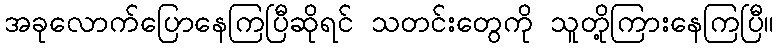
အခုလောက်ပြောနေကြပြီဆိုရင် သတင်းတွေကို သူတို့ကြားနေကြပြီ။